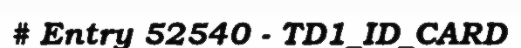
# Entry 52540 - TD1_ID_CARD